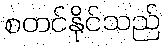
စတင်နိုင်သည်